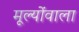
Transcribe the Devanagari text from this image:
मूल्योंवाला